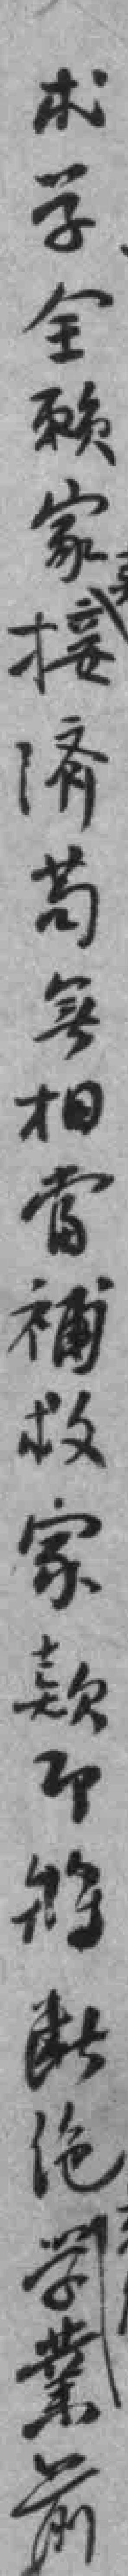
术学全赖家接済苟*相當補救家款即將断绝学業前